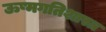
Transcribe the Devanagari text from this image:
ऊष्मगतिशास्त्र